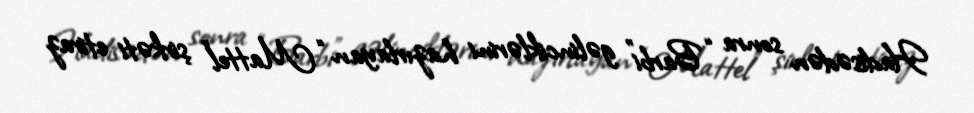
Hadisədən sonra “Barbi” gəlinciklərini hazırlayan “Mattel” şirkəti etiraz